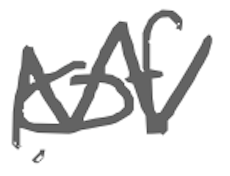
Text: of
Cross-out: zig-zag
Writing tool: digital_gray